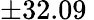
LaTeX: \pm 32.09\